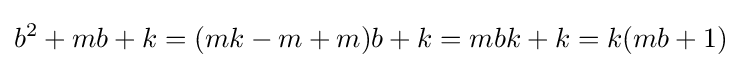
b^{2}+mb+k=(mk-m+m)b+k=mbk+k=k(mb+1)